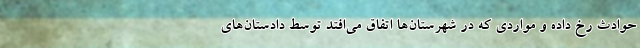
حوادث رخ داده و مواردی که در شهرستان‌ها اتفاق می‌افتد توسط دادستان‌های